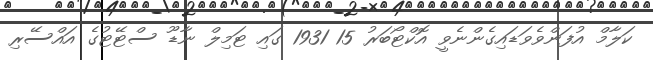
ކަލާމް އުފަންވެވަޑައިގެންނެވީ އޮކްޓޯބަރު 15 1931 ގައި ޓަމިލް ނާޑޫ ސްޓޭޓުގެ އައްސޭރި